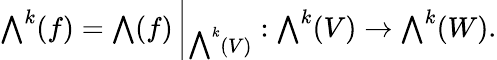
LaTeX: {\textstyle\bigwedge}^{k}(f)={\textstyle\bigwedge}(f)\left|_{{\textstyle\bigwedge}^{k}(V)}\right.:{\textstyle\bigwedge}^{k}(V)\rightarrow{\textstyle\bigwedge}^{k}(W).